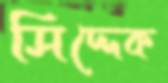
সিদ্দেক